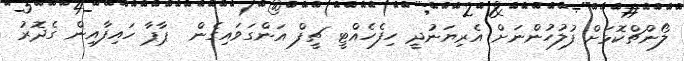
ލޯންޗްކޮޅަށް ފުލުހުންނަށް އެރިޔަނުދީ ހިފެހެއްޓީ ޗީފް އަންގަވައިގެން  ޕާޕާ ހައިފާއިން ގެދޮރު